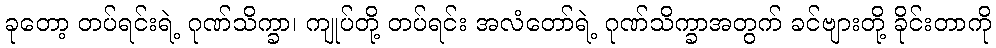
ခုတော့ တပ်ရင်းရဲ့ ဂုဏ်သိက္ခာ၊ ကျုပ်တို့ တပ်ရင်း အလံတော်ရဲ့ ဂုဏ်သိက္ခာအတွက် ခင်ဗျားတို့ ခိုင်းတာကို